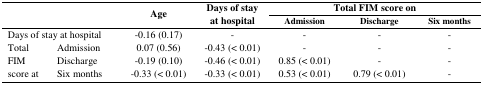
| <ROWSPAN=2-COLSPAN=2>  | <ROWSPAN=2> Age | <ROWSPAN=2> Days of stay at hospital | <COLSPAN=3> Total FIM score on |
 | Admission | Discharge | Six months |
 | --- | --- | --- | --- | --- | --- | --- |
 | <COLSPAN=2> Days of stay at hospital | -0.16 (0.17) | - | - | - | - |
 | Total | Admission | 0.07 (0.56) | -0.43 (< 0.01) | - | - | - |
 | FIM | Discharge | -0.19 (0.10) | -0.46 (< 0.01) | 0.85 (< 0.01) | - | - |
 | score at | Six months | -0.33 (< 0.01) | -0.33 (< 0.01) | 0.53 (< 0.01) | 0.79 (< 0.01) | - |